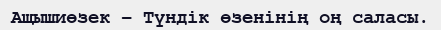
Ащышиөзек – Түндік өзенінің оң саласы.